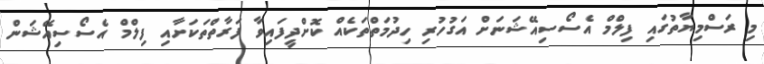
މި ރަސްމިޔާތުގައި ފިލްމް އެސޯސިއޭޝަނަށް އަގުހުރި ހިދުމަތްތަކެއް ކޮށްދީފައިވާ ފަރާތްތަކަށާއި ފިލްމް އެސޯސިއޭޝަން